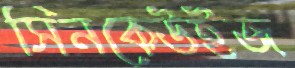
সিনকেউইজ